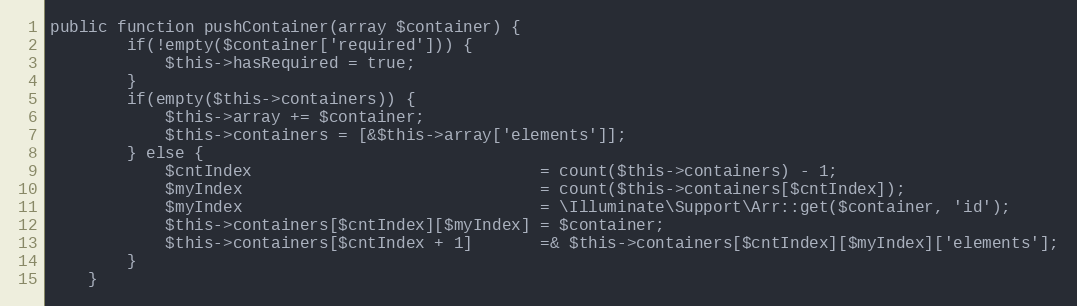
Language: PHP
public function pushContainer(array $container) {
        if(!empty($container['required'])) {
            $this->hasRequired = true;
        }
        if(empty($this->containers)) {
            $this->array += $container;
            $this->containers = [&$this->array['elements']];
        } else {
            $cntIndex                              = count($this->containers) - 1;
            $myIndex                               = count($this->containers[$cntIndex]);
            $myIndex                               = \Illuminate\Support\Arr::get($container, 'id');
            $this->containers[$cntIndex][$myIndex] = $container;
            $this->containers[$cntIndex + 1]       =& $this->containers[$cntIndex][$myIndex]['elements'];
        }
    }